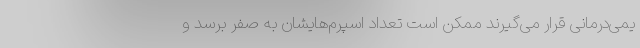
یمی‌درمانی قرار می‌گیرند ممکن است تعداد اسپرم‌هایشان به صفر برسد و